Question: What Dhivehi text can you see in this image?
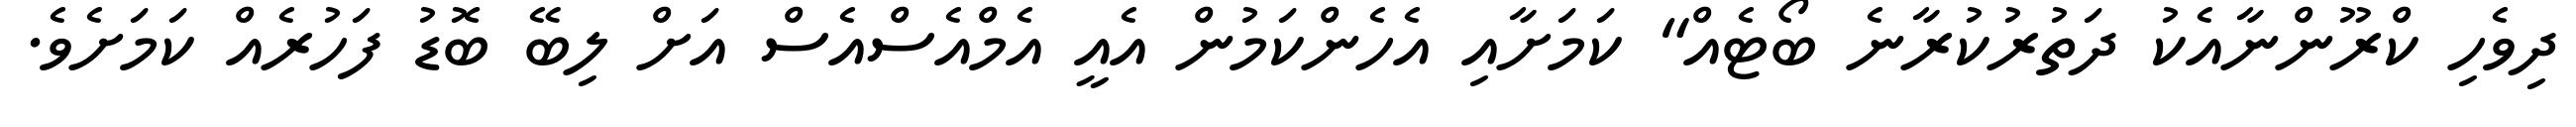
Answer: ދިވެހި ކްރޫންނާއެކު ދަތުރުކުރާނެ ބޯޓެއް" ކަމަށާއި އެހެންކަމުން އެއީ އެމްއެސްއެސް އަށް ލިބޭ ބޮޑު ފަހުރެއް ކަމަށެވެ.